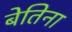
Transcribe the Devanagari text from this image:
बेतिना